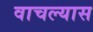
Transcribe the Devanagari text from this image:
वाचल्यास